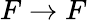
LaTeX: F\rightarrow F